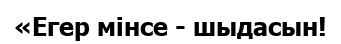
«Егер мінсе - шыдасын!